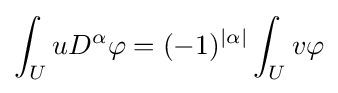
\int _{U}uD^{\alpha }\varphi =(-1)^{|\alpha |}\int _{U}v\varphi